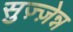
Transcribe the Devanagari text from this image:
सुज़्ज़ेन्न